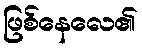
ဖြစ်နေလေ၏